Report of the Hyderabad Chloroform Commission
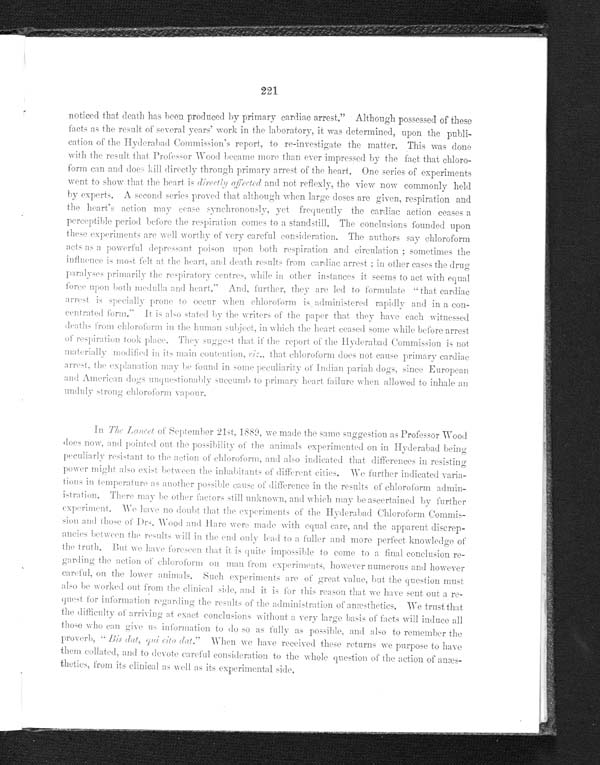
221
noticed that death has been produced by primary cardiac arrest." Although possessed of these
facts as the result of several years' work in the laboratory, it was determined, upon the publi
-
cation of the Hyderabad Commission's report, to re-investigate the matter. This was done
with the result that Professor Wood became more than ever impressed by the fact that chloro
-
form can and does kill directly through primary arrest of the heart. One series of experiments
went to show that the heart is directly affected and not reflexly, the view now commonly held
by experts. A second series proved that although when large doses are given, respiration and
the heart's action may cease synchronously, yet frequently the cardiac action ceases a
perceptible period before the respiration comes to a standstill. The conclusions founded upon
these experiments are well worthy of very careful consideration. The authors say chloroform
acts as a powerful depressant poison upon both respiration and circulation; sometimes the
influence is most felt at the heart, and death results from cardiac arrest; in other cases the drug
paralyses primarily the respiratory centres, while in other instances it seems to act with equal
force upon both medulla and heart." And, further, they are led to formulate "that cardiac
arrest is specially prone to occur when chloroform is administered rapidly and in a con
-
centrated form." It is also stated by the writers of the paper that they have each witnessed
deaths from chloroform in the human subject, in which the heart ceased some while before arrest
of respiration took place. They suggest that if the report of the Hyderabad Commission is not
materially modified in its main contention, viz., that chloroform does not cause primary cardiac
arrest, the explanation may be found in some peculiarity of Indian pariah dogs, since European
and American dogs unquestionably succumb to primary heart failure when allowed to inhale an
unduly strong chloroform vapour.
In The Lancet of September 21st, 1889, we made the same suggestion as Professor Wood
does now, and pointed out the possibility of the animals experimented on in Hyderabad being
peculiarly resistant to the action of chloroform, and also indicated that differences in resisting
power might also exist between the inhabitants of different cities. We further indicated varia
-
tions in temperature as another possible cause of difference in the results of chloroform admin
-
istration. There may be other factors still unknown, and which may be ascertained by further
experiment. We have no doubt that the experiments of the Hyderabad Chloroform Commis
-
sion and those of Drs. Wood and Hare were made with equal care, and the apparent discrep
-
ancies between the results will in the end only lead to a fuller and more perfect knowledge of
the truth. But we have foreseen that it is quite impossible to come to a final conclusion re
-
garding the action of chloroform on man from experiments, however numerous and however
careful, on the lower animals. Such experiments are of great value, but the question must
also be worked out from the clinical side, and it is for this reason that we have sent out a re
-
quest for information regarding the results of the administration of anæsthetics. We trust that
the difficulty of arriving at exact conclusions without a very large basis of facts will induce all
those who can give us information to do so as fully as possible, and also to remember the
proverb, "Bis dat, cito dat. " When we have received these returns we purpose to have
them collated, and to devote careful consideration to the whole question of the action of anæs
thetics, from its clinical as well as its experimental side.